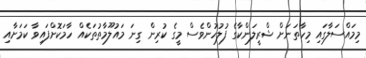
މިމައްސަލާގައި މިހާތަނަށް ޝްރީލަންކާގެ ފުލުހުންވެސް މީގެ ކުރިން ގިނަ މައުލޫމާތުތަކެއް ހާމަކޮށްފައިވާ ކަމަށާއި